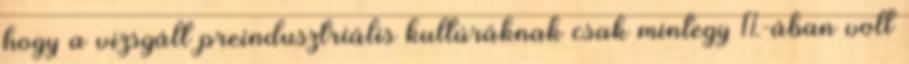
hogy a vizsgált preindusztriális kultúráknak csak mintegy 1%-ában volt